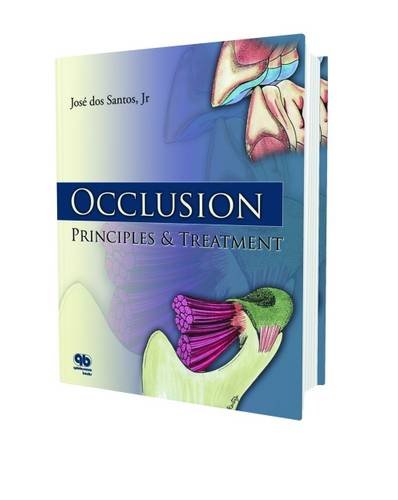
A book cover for Occlusion: Principles and Treatment; Jose dos Santos; Medical Books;